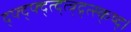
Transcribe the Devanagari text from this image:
द्फ्द्फ्द्त्द्त्त्र्द्र्त्स्क्ष्द्।